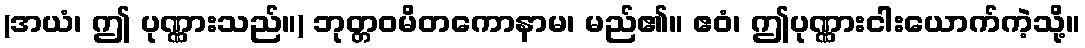
(အယံ၊ ဤ ပုဏ္ဏားသည်။) ဘုတ္တဝမိတကောနာမ၊ မည်၏။ ဧဝံ၊ ဤပုဏ္ဏားငါးယောက်ကဲ့သို့။